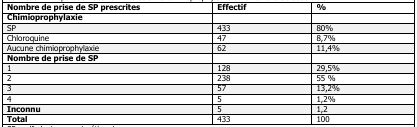
| Nombre de prise de SP prescrites | Effectif | % |
 | --- | --- | --- |
 | Chimioprophylaxie |  |  |
 | SP | 433 | 80% |
 | Chloroquine | 47 | 8,7% |
 | Aucune chimioprophylaxie | 62 | 11,4% |
 | Nombre de prise de SP |  |  |
 | 1 | 128 | 29,5% |
 | 2 | 238 | 55% |
 | 3 | 57 | 13,2% |
 | 4 | 5 | 1,2% |
 | Inconnu | 5 | 1,2 |
 | Total | 433 | 100 |